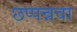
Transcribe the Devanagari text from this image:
छप्पन्नवा